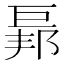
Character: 𢀥